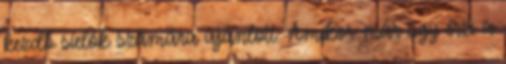
kezdő síelők számára ajánlott. Amikor már úgy érzi a